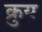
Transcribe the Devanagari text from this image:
क्रुय